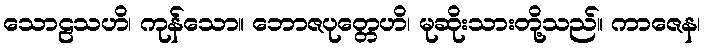
သောဠသဟိ၊ ကုန်သော။ ဘောဇပုတ္တေဟိ၊ မုဆိုးသားတို့သည်။ ကာဇေန၊